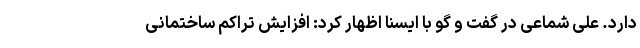
دارد. علی شماعی در گفت و گو با ایسنا اظهار کرد: افزایش تراکم ساختمانی